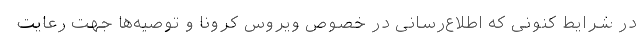
در شرایط کنونی که اطلاع‌رسانی در خصوص ویروس کرونا و توصیه‌ها جهت رعایت